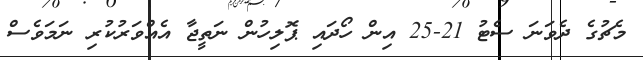
މެޗުގެ ދެވަނަ ސެޓު 21-25 އިން ހޯދައި ޕޮލިހުން ނަތީޖާ އެއްވަރުކުރި ނަމަވެސް